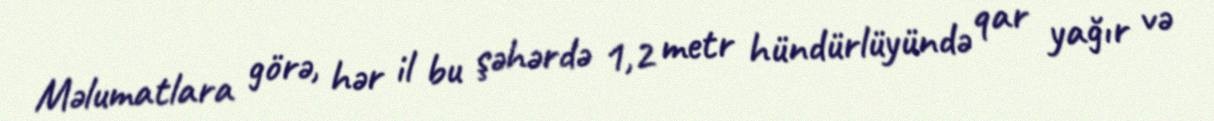
Məlumatlara görə, hər il bu şəhərdə 1,2 metr hündürlüyündə qar yağır və